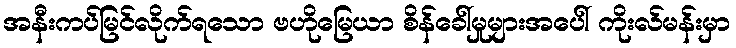
အနီးကပ်မြင်လိုက်ရသော ဗဟိုမြေယာ စိန်ခေါ်မှုများအပေါ် ကိုးလ်မန်းမှာ